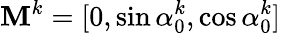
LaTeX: \mathbf{M}^{k}=[0,\sin\alpha_{0}^{k},\cos\alpha_{0}^{k}]